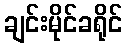
ချင်းမိုင်ခရိုင်